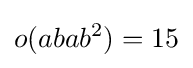
o(abab^{2})=15